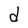
Character: d